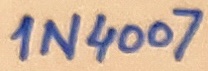
Text: 1N4007